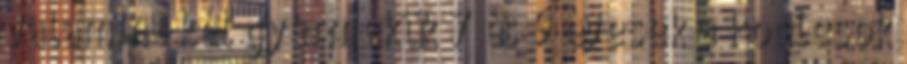
valamint két gyermekük 7 és 9 évesek a Podlesok